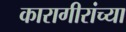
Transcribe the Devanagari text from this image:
कारागीरांच्या